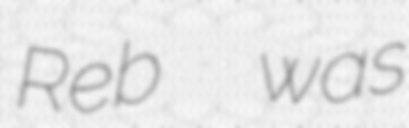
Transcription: Reb  was